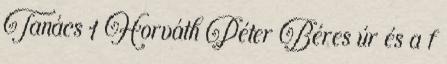
Tanács 1 Horváth Péter Béres úr és a f